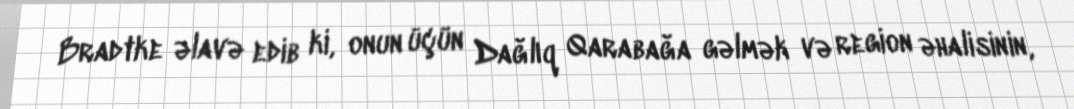
Bradtke əlavə edib ki, onun üçün Dağlıq Qarabağa gəlmək və region əhalisinin,